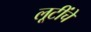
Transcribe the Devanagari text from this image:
लूटींचे